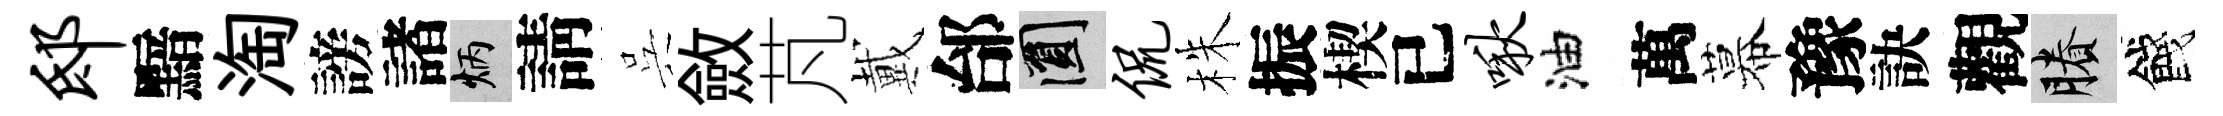
邸黯淘謗諸炳請呉斂芃戴邰圓侃株振楔已啾油萬幕豫訣觀賸餞